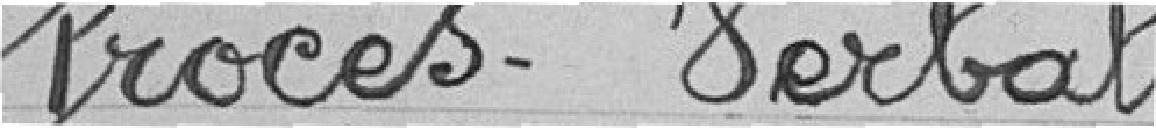
Procès-verbal